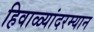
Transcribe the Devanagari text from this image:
हिवाळ्यांदरम्यान